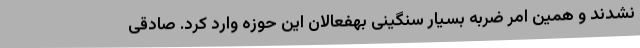
نشدند و همین امر ضربه بسیار سنگینی بهفعالان این حوزه وارد کرد. صادقی